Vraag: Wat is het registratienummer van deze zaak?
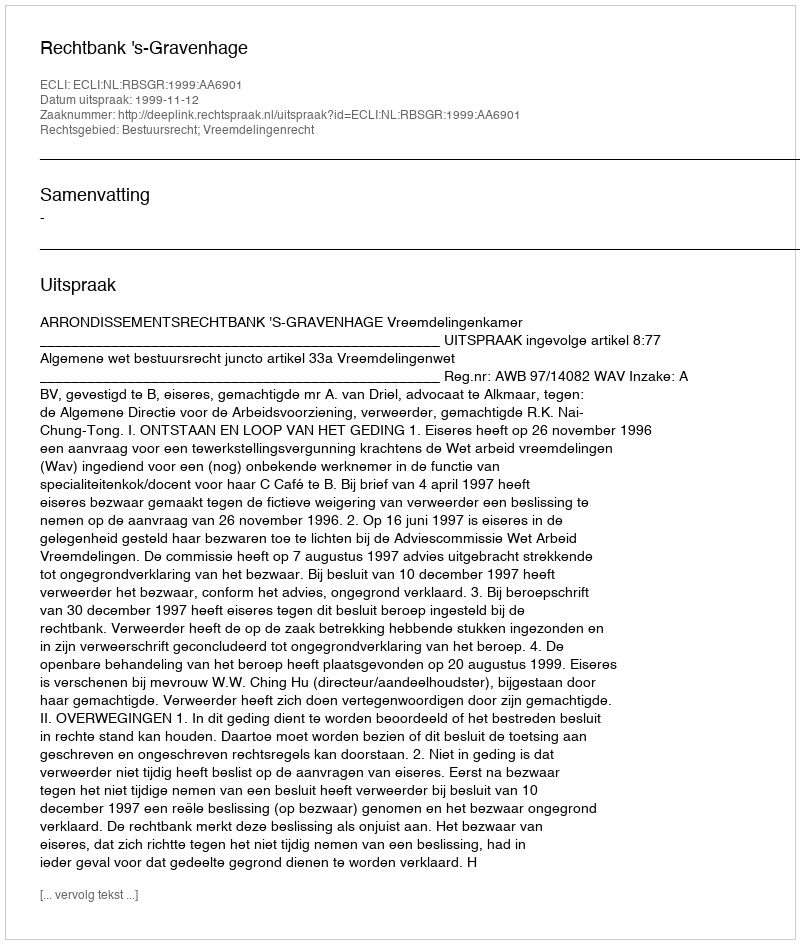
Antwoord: http://deeplink.rechtspraak.nl/uitspraak?id=ECLI:NL:RBSGR:1999:AA6901